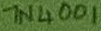
Text: 1N4001